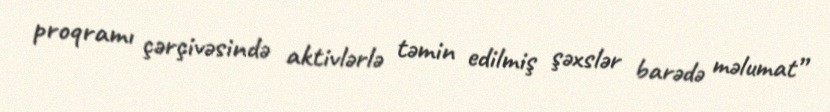
proqramı çərçivəsində aktivlərlə təmin edilmiş şəxslər barədə məlumat”